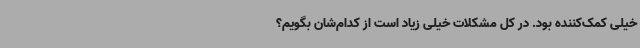
خیلی کمک‌کننده بود. در کل مشکلات خیلی زیاد است از کدام‌شان بگویم؟